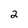
Character: 2